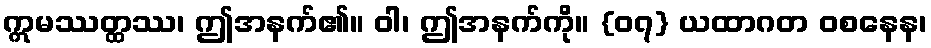
ဣမဿတ္ထဿ၊ ဤအနက်၏။ ဝါ၊ ဤအနက်ကို။ {၀၇} ယထာဂတ ဝစနေန၊